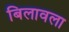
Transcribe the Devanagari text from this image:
बिलावला